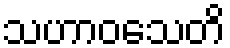
သဟာဝသေတိ